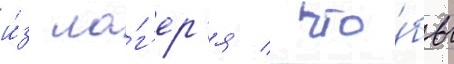
и́з ла́г'ер'я / что́бы